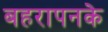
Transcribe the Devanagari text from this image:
बहरापनके